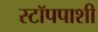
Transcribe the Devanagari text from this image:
स्टॉपपाशी